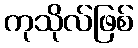
ကုသိုလ်ဖြစ်